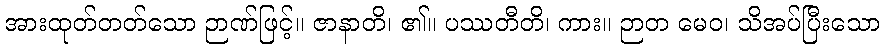
အားထုတ်တတ်သော ဉာဏ်ဖြင့်။ ဇာနာတိ၊ ၏။ ပဿတီတိ၊ ကား။ ဉာတ မေဝ၊ သိအပ်ပြီးသော